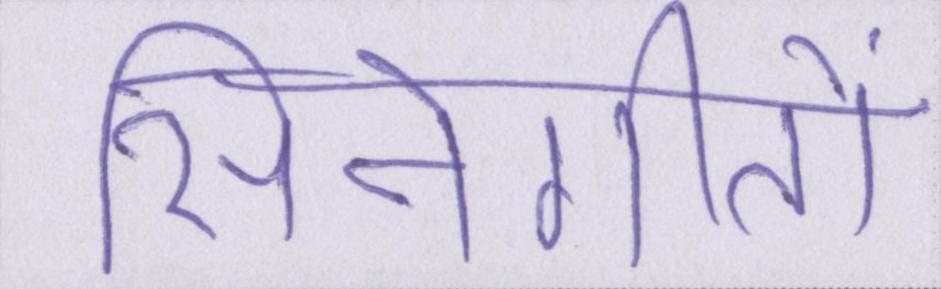
सिनेगीतों